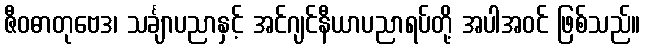
ဇီဝဓာတုဗေဒ၊ သင်္ချာပညာနှင့် အင်ဂျင်နီယာပညာရပ်တို့ အပါအဝင် ဖြစ်သည်။